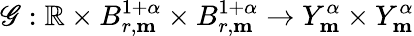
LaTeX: \mathscr{G}:\mathbb{R}\times B_{r,\mathbf{m}}^{1+\alpha}\times B_{r,\mathbf{m}}^{1+\alpha}\rightarrow Y_{\mathbf{m}}^{\alpha}\times Y_{\mathbf{m}}^{\alpha}